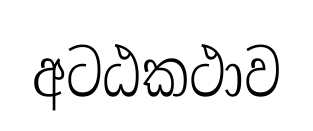
අටඨකථාව